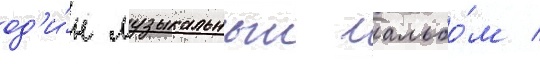
од'и́н музыкальныи альбо́м /